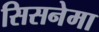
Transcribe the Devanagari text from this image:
सिसनेमा